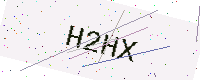
Text: H2HX